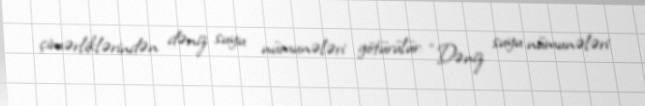
çimərliklərindən dəniz suyu nümunələri götürülür: “Dəniz suyu nümunələri